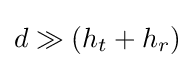
d\gg (h_{t}+h_{r})